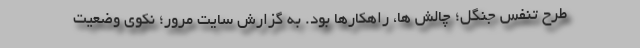
طرح تنفس جنگل؛ چالش ها، راهکارها بود. به گزارش سایت مرور؛ نکوی وضعیت